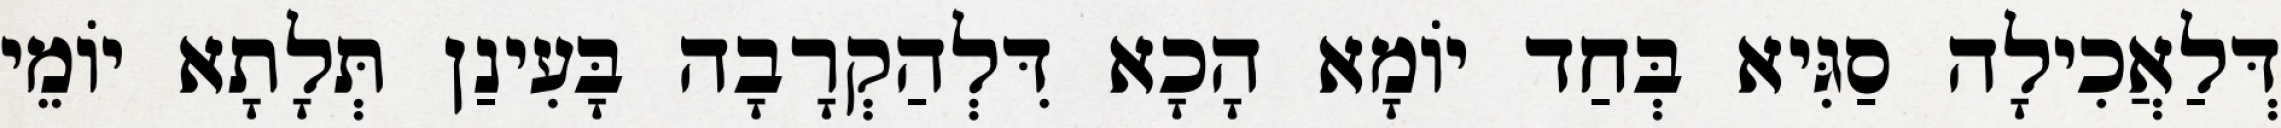
דְּלַאֲכִילָה סַגִּיא בְּחַד יוֹמָא הָכָא דִּלְהַקְרָבָה בָּעִינַן תְּלָתָא יוֹמֵי